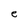
Character: e